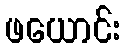
ဖယောင်း